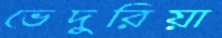
ভেদুরিয়া